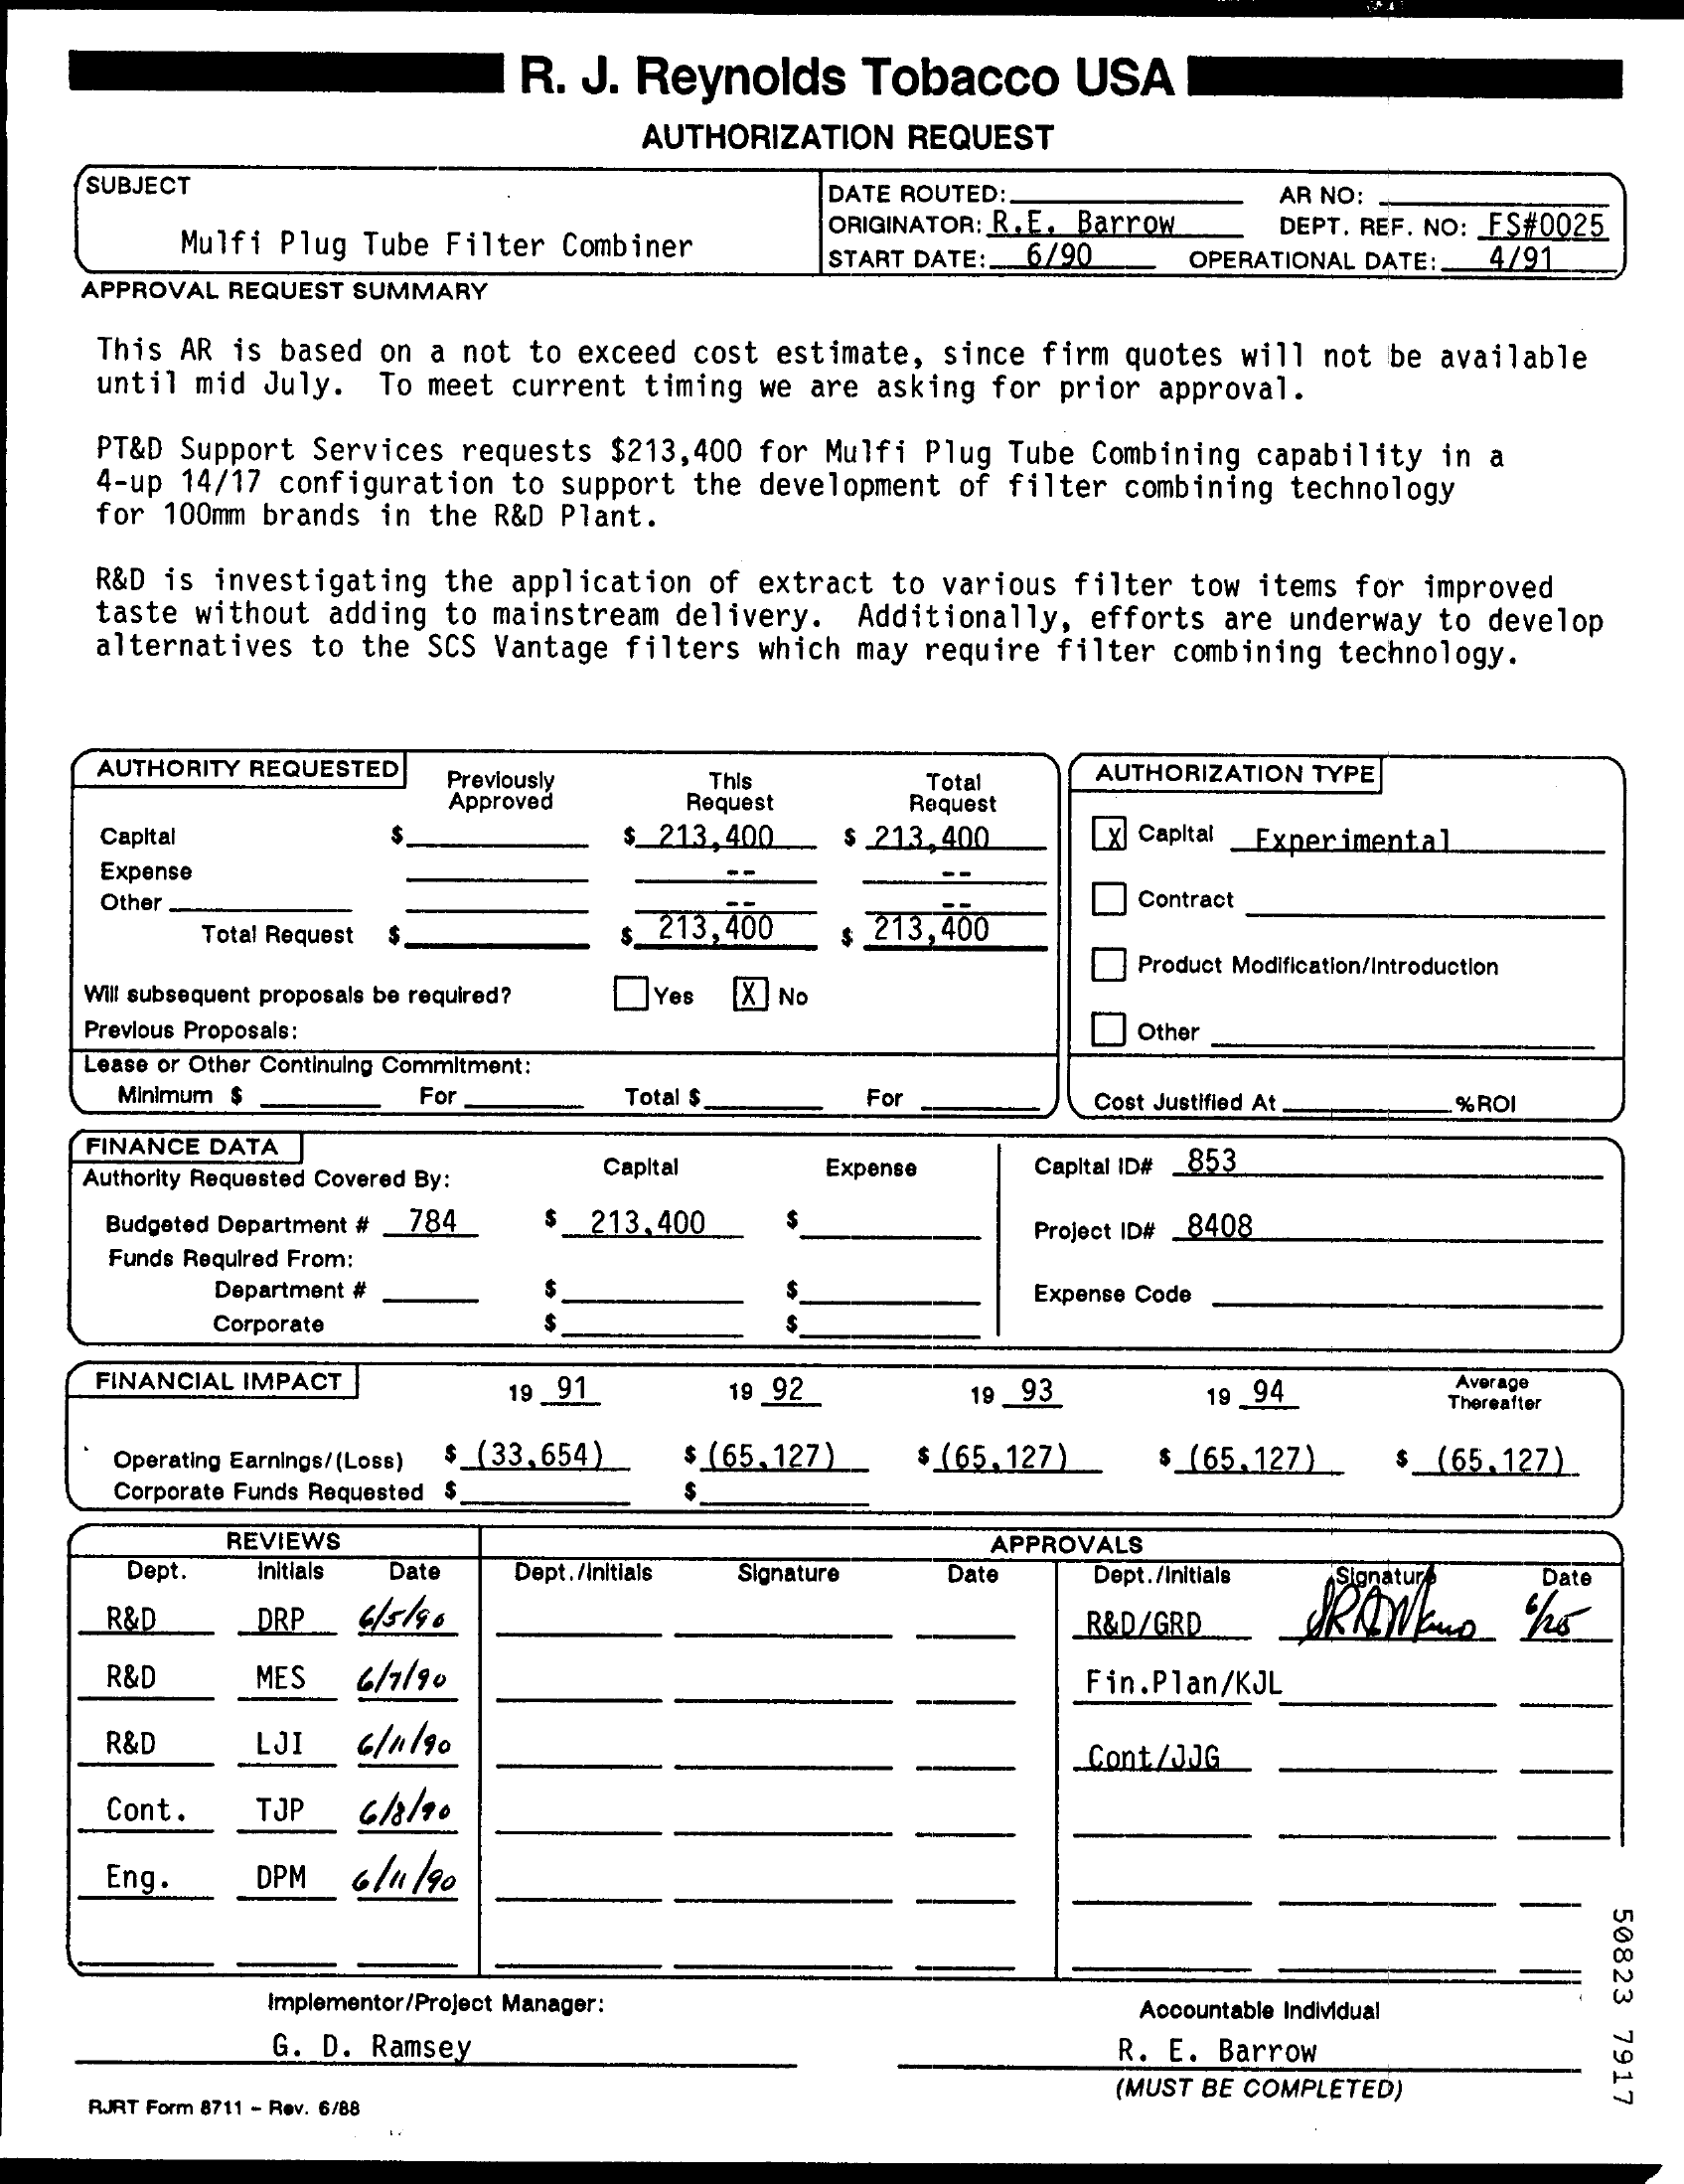
R. J. Reynolds    Tobacco    USA
     AUTHORIZATION REQUEST
     SUBJECT    DATE ROUTED :.    AR NO:
     Mulfi Plug Tube Filter Combiner
     ORIGINATOR: R. E. Barrow DEPT. REF. NO: FS#0025
     START DATE: 6/90    4/91
     APPROVAL REQUEST SUMMARY
     OPERATIONAL DATE:
     This AR is based on a not to exceed cost estimate, since firm quotes will not be available
     until mid July. To meet current timing we are asking for prior approval.
     PT&D Support Services requests $213,400 for Mulfi Plug Tube Combining capability in a
     4-up 14/17 configuration to support the development of filter combining technology
     for 100mm brands in the R&D Plant.
     R&D is investigating the application of extract to various filter tow items for improved
     taste without adding to mainstream delivery. Additionally, efforts are underway to develop
     alternatives to the SCS Vantage filters which may require filter combining technology.
     AUTHORITY REQUESTED Previously
     Approved
     This
     Request
     Total    AUTHORIZATION TYPE
     Request
     Capital    $_213, 400  $ 21.3.400   x Capital Experimental
     Expense
     Other
     $ 213,400    213,400
     Contract
     Total Request
     Product Modification/Introduction
     Will subsequent proposals be required? DYes [X] NO
     Previous Proposals:    Other
     Lease or Other Continuing Commitment:
     Minimum $    For    Total $    For    Cost Justified At. %ROI
     FINANCE DATA
     Authority Requested Covered By: Capital Expense   Capital ID# 853
     Budgeted Department # 784_ $_213.400
     Funds Required From:
     Project ID# 8408
     Department #    Expense Code
     Corporate
     FINANCIAL IMPACT    19_91    19 92    19 93    19 94
     Average
     Thereafter
     Operating Earnings/(Loss) $ (33,654) $ (65. 127) $ (65,127) $ (65.127) $ (65.127)
     Corporate Funds Requested
     REVIEWS
     Dept.    Date
     APPROVALS
     Initials    Dept. /initials Signature Date Dept. /Initials    Date
     R&D    DRP  6/5/90    R&D/GRD
     R&D    MES  6/1190    Fin.Plan/KJL
     R&D    LJI  6/ 11/90    Cont/JJG
     Cont.   TJP  6/3/ 40
     Eng.    DPM  6/11/90
     50823
     7917
     Implementor/Project Manager:    Accountable Individual
     G. D. Ramsey    R. E. Barrow
     RJRT Form 8711 - Rev. 6/88
     (MUST BE COMPLETED)